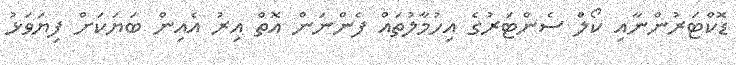
ޑޮކްޓަރުންނާއި ކޯލް ސެންޓަރުގެ އިހުމާލުތައް ފެންނަން އޮތް އިރު އެއިން ބަޔަކަށް ފިޔަވަޅު